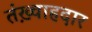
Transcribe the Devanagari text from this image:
तंख़्वाहदार